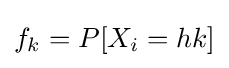
f_{k}=P[X_{i}=hk]